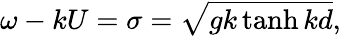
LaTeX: \omega-kU=\sigma=\sqrt{gk\operatorname{tanh}{kd}},